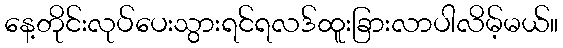
နေ့တိုင်းလုပ်ပေးသွားရင်ရလဒ်ထူးခြားလာပါလိမ့်မယ်။